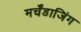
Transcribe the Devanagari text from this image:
मर्चेंडाजिंग